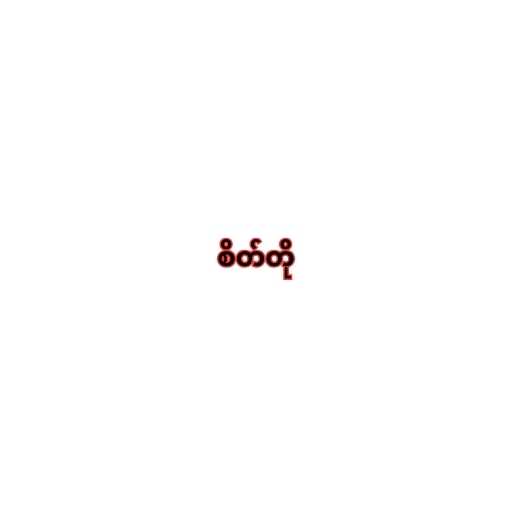
စိတ်တို